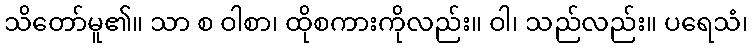
သိတော်မူ၏။ သာ စ ဝါစာ၊ ထိုစကားကိုလည်း။ ဝါ၊ သည်လည်း။ ပရေသံ၊